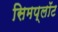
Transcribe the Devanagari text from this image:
सिमप्लॉट